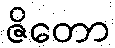
ဇိတော